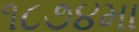
૧૮૭૪મા